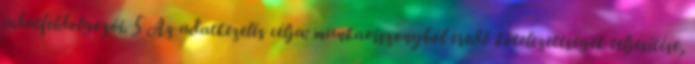
adatfeldolgozói. 5 Az adatkezelés célja: munkaviszonyból eredő kötelezettségek teljesítése,